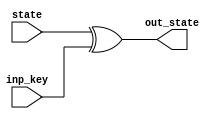
module AddRoundKey(input   [127:0] state,
    input   [127:0] inp_key,
    output  [127:0] out_state);

assign out_state =  state ^ inp_key ;

endmodule